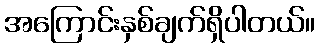
အကြောင်းနှစ်ချက်ရှိပါတယ်။